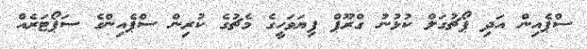
ސްޕެއިން އަދި ޕޯޗުގަލް ކުޅުނު ގްރޫޕް ފިޔަވަހީގެ މެޗުގެ ކުރިން ސްޕެއިންގެ ސަޕޯޓަރެއް